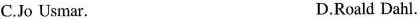
C.Jo Us mar. D.Roald Dahl.